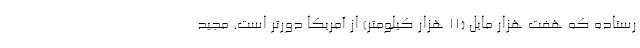
رستاده که هفت هزار مایل (۱۱ هزار کیلومتر) از آمریکا دورتر است. مجید